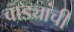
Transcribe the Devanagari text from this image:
वाड्यांची